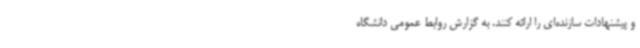
و پیشنهادات سازنده‌ای را ارائه کنند. به گزارش روابط عمومی دانشگاه